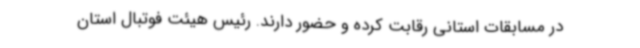
در مسابقات استانی رقابت کرده و حضور دارند. رئیس هیئت فوتبال استان